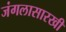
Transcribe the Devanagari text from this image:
जंगलासारखी